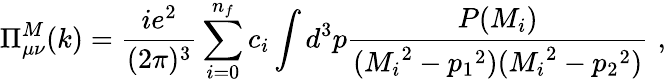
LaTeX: \Pi_{\mu\nu}^{M}(k)=\frac{ie^{2}}{(2\pi)^{3}}\sum_{i=0}^{n_{f}}c_{i}\int d^{3}p\frac{P(M_{i})}{({M_{i}}^{2}-{p_{1}}^{2})({M_{i}}^{2}-{p_{2}}^{2})}\, \, ,